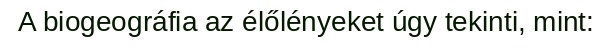
A biogeográfia az élőlényeket úgy tekinti, mint: